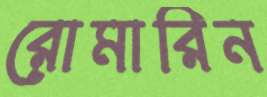
রোমারিন